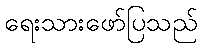
ရေးသားဖော်ပြသည်